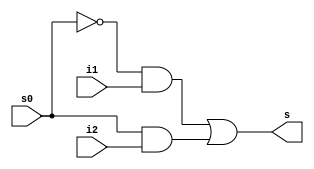
module mux2x1(i1, i2, s, s0);

input i1, i2, s0;
output s;
assign s = (((~s0) & i1 ) | ((s0) & i2));
endmodule